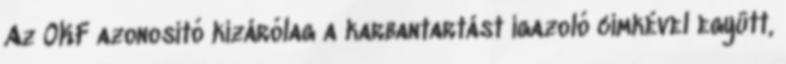
Az OKF azonosító kizárólag a karbantartást igazoló címkével együtt,